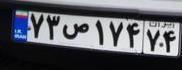
۷۳ص۱۷۴۷۴